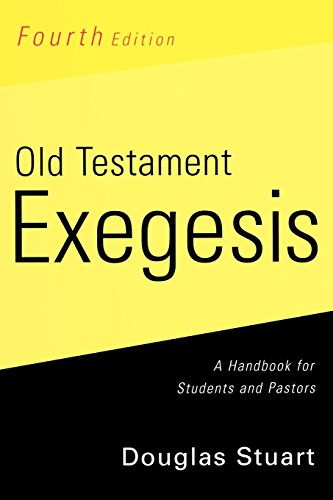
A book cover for Old Testament Exegesis: A Handbook for Students and Pastors; Douglas Stuart; Reference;